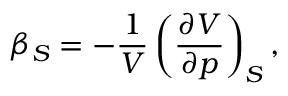
\beta _ { S } = - { \frac { 1 } { V } } \left( { \frac { \partial V } { \partial p } } \right) _ { S } ,